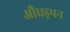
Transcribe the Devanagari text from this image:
औघड़पन